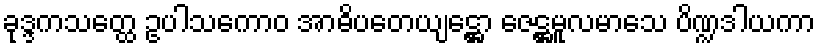
ခုဒ္ဒကသတ္ထေ ဥပါသကောဝ အာဓိပတေယျဋ္ဌော ဇေဋ္ဌမူလမာသေ ပိဏ္ဍဒါယကာ